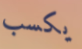
يكسب